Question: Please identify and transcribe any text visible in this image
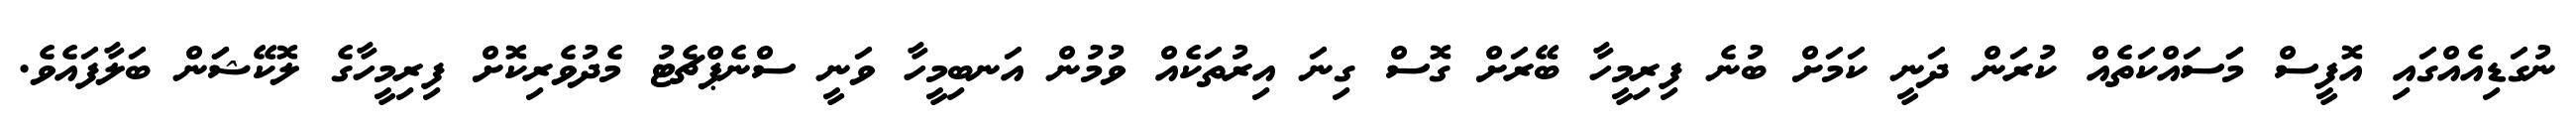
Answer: ނުގަޑިއެއްގައި އޮފީސް މަަސައްކަތެއް ކުރަން ދަނީ ކަމަށް ބުނެ ފިރިމީހާ ބޭރަށް ގޮސް ގިނަ އިރުތަކެއް ވުމުން އަނބިމީހާ ވަނީ ސްނެޕްޗެޓު މެދުވެރިކޮށް ފިރިމީހާގެ ލޮކޭޝަަން ބަލާފައެވެ.